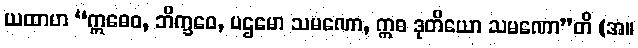
ယထာဟ “ဣဓေဝ, ဘိက္ခဝေ, ပဌမော သမဏော, ဣဓ ဒုတိယော သမဏော”တိ (အ။